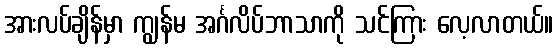
အားလပ်ချိန်မှာ ကျွန်မ အင်္ဂလိပ်ဘာသာကို သင်ကြား လေ့လာတယ်။